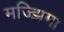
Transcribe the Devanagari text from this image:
मज्झिमा